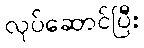
လုပ်ဆောင်ပြီး